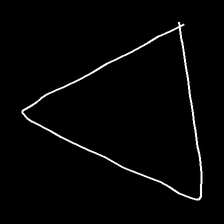
Glyph: convergence